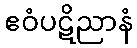
ဧဝံပဋိညာနံ